Annual report on the lock hospitals of the Madras Presidency
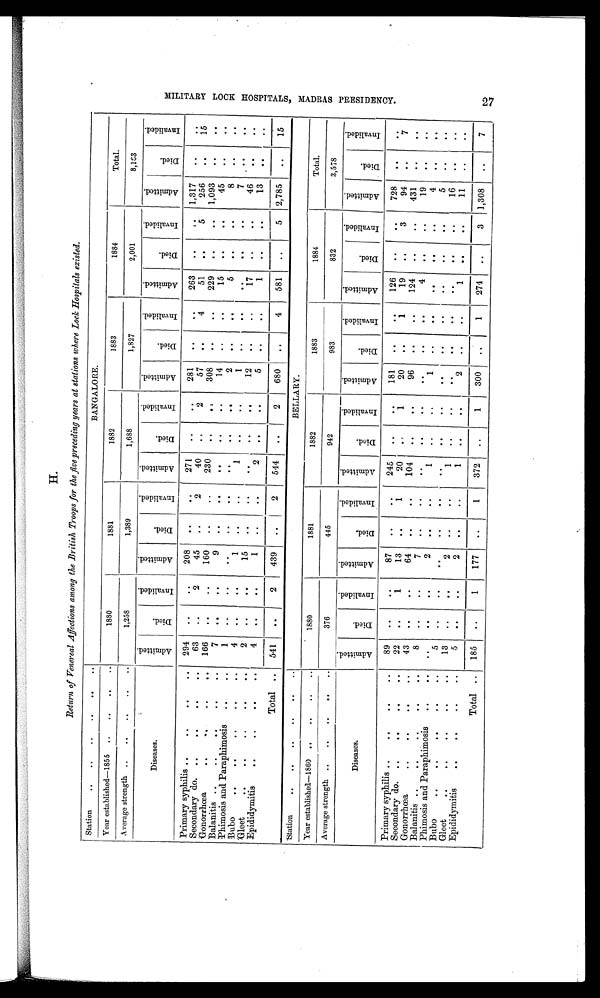
H.
Return of Venereal Affections among the British Troops for the five preceding years at stations where Lock Hospitals existed.
Station
..
.. ..
..
..
. .
BANGALORE.
Year established—1855
..
..
..
. .
1880
1881
1882
1883
1884
Total.
Average strength ..
.. ..
..
..
1,258
1,389
1,688
1,827
2,001
8,163
Diseases.
A d m i t t e d .
D i e d .
I n v a l i d e d .
A d m i t t e d .
D i e d .
I n v a l i d e d .
A d m i t t e d .
D i e d .
I n v a l i d e d .
A d m i t t e d .
D i e d .
I n v a l i d e d .
A d m i t t e d .
D i e d .
I n v a l i d e d .
A d m i t t e d .
D i e d .
I n v a l i d e d .
Primary syphilis ..
..
..
..
294
..
. .
208
. .
. .
271
..
. .
281
. .
. .
263
..
..
1,317
. .
. .
Secondary do.
..
..
..
..
63
..
2
45
. .
2
40
..
2
57
. .
4
51
. .
5
256
. .
15
Gonorrhœa
.. ..
..
..
166
..
..
160
. .
..
230
. .
. .
308
. .
. .
229
..
..
1,093
. .
. .
Balanitis ..
..
..
7
..
..
9
..
..
..
..
. .
14
. .
..
15
. .
..
45
..
..
Phimosis and Paraphimosis
..
..
1
..
. .
..
. .
..
..
..
..
2
..
. .
5
. .
..
8
..
. .
Bubo
..
..
..
..
..
4
..
. .
1
..
..
1
..
..
1
. .
. .
..
..
..
7
..
. .
:Gleet
..
..
..
..
..
2
..
. .
15
..
..
. .
..
. .
12
. .
..
17
. .
. .
46
..
. .
Epididymitis
.. ..
..
..
4
..
. .
1
..
. .
. .
. .
..
5
. .
. .
1
..
..
13
. .
. .
Total
. .
541
. .
2
439
..
2
544
. .
2
680
. .
4
581
..
5
2,785
. .
15
Station
..
..
.. ..
..
..
BELLARY.
Year established—1860
..
..
..
..
1880
1881
1882
1883
1884
Total.
Average strength .. ..
. . . .
376
445
942
983
832
3,578
Diseases.
A d d d m i t t e d .
D i e d .
I n v a l i d e d .
A d m i t t e d .
D i e d .
I n v a l i d e d .
A d m i t t e d .
D i e d .
I n v a l i d e d .
A d m i t t e d .
D i e d .
I n v a l i d e d .
A d m i t t e d .
D i e d .
I n v a l i d e d .
A d m i t t e d .
D i e d .
I n v a l i d e d .
Primary syphilis ..
..
..
..
89
. .
..
87
. .
..
245
. .
. .
181
..
..
126
..
. .
728
. .
. .
Secondary do. ..
..
..
..
22
..
1
13
. .
1
20
. .
1
20
. .
1
19
..
3
94
. .
7
Gonorrhœa ..
..
..
..
4 3
. .
..
64
. .
..
104
. .
. .
96
. .
. .
124
..
..
431
. .
. .
Balanitis ..
..
8
. .
. .
7
. .
. .
. .
. .
. .
..
..
. .
4
. .
. .
19
. .
. .
Phimosis and Paraphimosis
..
..
..
. .
..
2
. .
. .
1
. .
..
1
..
. .
. .
. .
..
4
. .
. .
B ubo
..
..
..
..
..
5
..
..
. .
. .
..
..
..
..
..
..
..
..
..
5
. .
. .
Gleet
..
.. ..
..
..
13
..
. .
2
. .
. .
1
. .
. . ..
. .
..
. .
. .
. .
16
. .
. .
Epididymnis
. . . .
..
•
5
..
..
2
..
. .
1
..
..
2
. .
..
1
. .
. .
11
. .
. .
Total
. .
185
..
1
177
..
1
372
..
1
300
. .
1
274
. .
3
1,308
..
7
M I L I T A R Y L O C K H O S P I T A L S , M A D R A S P R E S I D E N C Y .
27